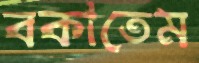
বকাতেম